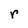
Character: r